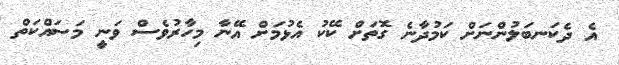
އެ ދެކަނބަލުންނަށް ކަމުދާނެ ގޮތަށް ކޭކު އެޅުމަށް އޭނާ މިހާރުވެސް ވަނީ މަސައްކަތް